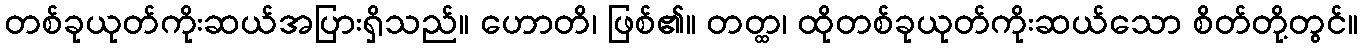
တစ်ခုယုတ်ကိုးဆယ်အပြားရှိသည်။ ဟောတိ၊ ဖြစ်၏။ တတ္ထ၊ ထိုတစ်ခုယုတ်ကိုးဆယ်သော စိတ်တို့တွင်။